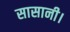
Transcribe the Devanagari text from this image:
सासानी।